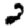
Digit: 2